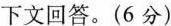
下文回答。(6分)